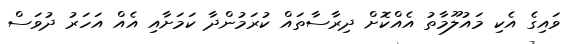
ވައިގެ އެކި މައުލޫމާތު އެއްކޮށް ދިރާސާތައް ކުރަމުންދާ ކަމަށާއި އެއް އަހަރު ދުވަސް